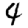
Digit: 4